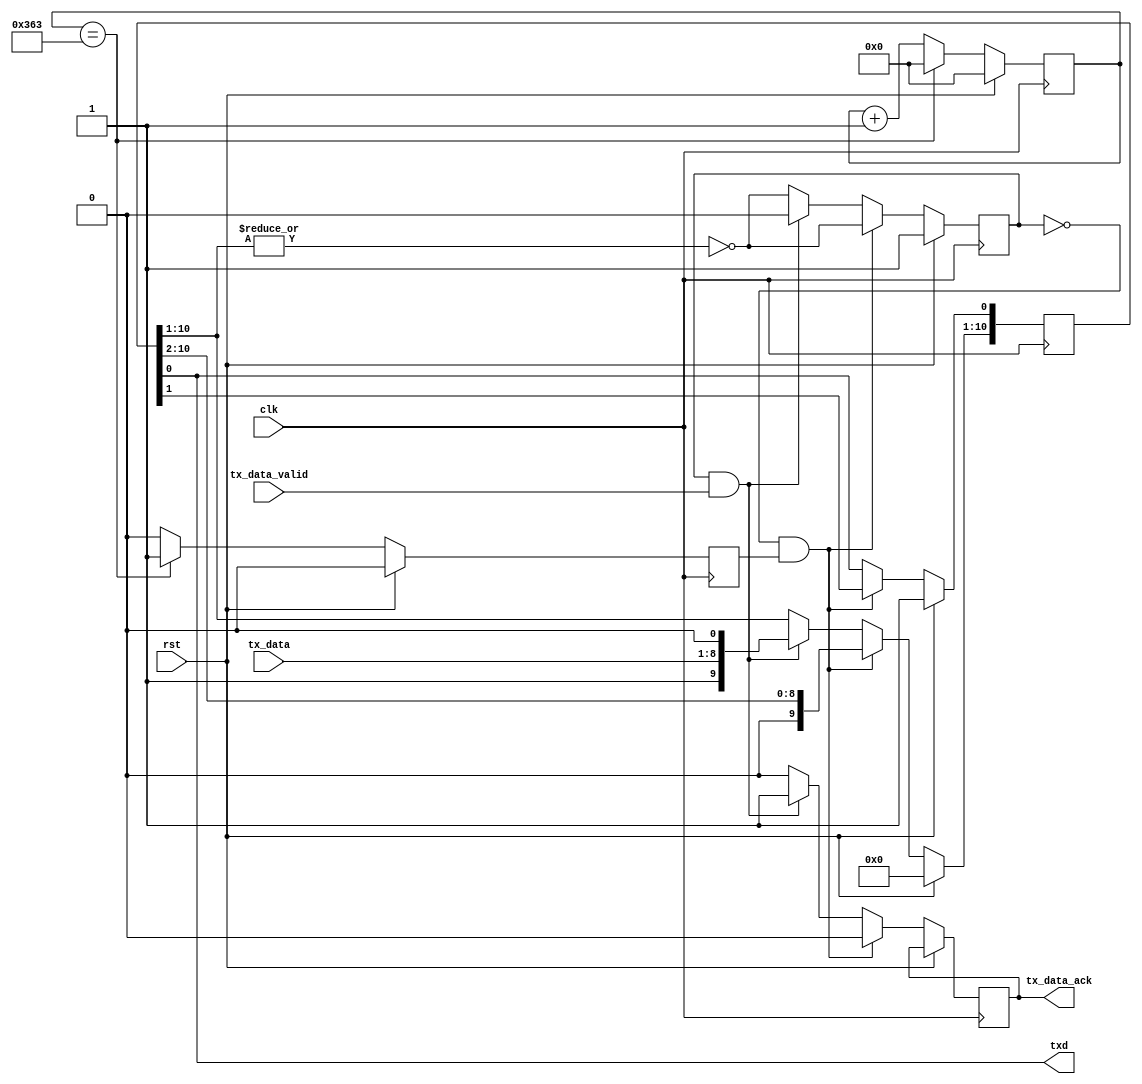
// Copyright 2007 Altera Corporation. All rights reserved.  
// Altera products are protected under numerous U.S. and foreign patents, 
// maskwork rights, copyrights and other intellectual property laws.  
//
// This reference design file, and your use thereof, is subject to and governed
// by the terms and conditions of the applicable Altera Reference Design 
// License Agreement (either as signed by you or found at www.altera.com).  By
// using this reference design file, you indicate your acceptance of such terms
// and conditions between you and Altera Corporation.  In the event that you do
// not agree with such terms and conditions, you may not use the reference 
// design file and please promptly destroy any copies you have made.
//
// This reference design file is being provided on an "as-is" basis and as an 
// accommodation and therefore all warranties, representations or guarantees of 
// any kind (whether express, implied or statutory) including, without 
// limitation, warranties of merchantability, non-infringement, or fitness for
// a particular purpose, are specifically disclaimed.  By making this reference
// design file available, Altera expressly does not recommend, suggest or 
// require that this reference design file be used in combination with any 
// other product not provided by Altera.
/////////////////////////////////////////////////////////////////////////////

// baeckler - 02-16-2007
////////////////////////////////////////////////////////////////////

module uart_tx (clk,rst,tx_data,tx_data_valid,tx_data_ack,txd);
  
output txd;
input clk, rst;
input [7:0] tx_data;
input tx_data_valid;
output tx_data_ack;

parameter BAUD_DIVISOR = 868;

reg [15:0] sample_cntr;
reg [10:0] tx_shift;
reg sample_now;
reg tx_data_ack;

assign txd = tx_shift[0];

always @(posedge clk) begin
	if (rst) begin
		sample_cntr <= 0;
		sample_now <= 1'b0;
	end
	else if (sample_cntr == (BAUD_DIVISOR-1)) begin
		sample_cntr <= 0;
		sample_now <= 1'b1;
   	end
	else begin
		sample_now <= 1'b0;
		sample_cntr <= sample_cntr + 1'b1;
	end
end

reg ready;
always @(posedge clk) begin
	if (rst) begin
		tx_shift <= {11'b00000000001};
		ready <= 1'b1;
	end
	else begin		
		if (!ready & sample_now) begin
			tx_shift <= {1'b0,tx_shift[10:1]};
			tx_data_ack <= 1'b0;
			ready <= ~|tx_shift[10:1];
		end		
		else if (ready & tx_data_valid) begin
			tx_shift[10:1] <= {1'b1,tx_data,1'b0};
			tx_data_ack <= 1'b1;
			ready <= 1'b0;		
		end
		else begin
			tx_data_ack <= 1'b0;
			ready <= ~|tx_shift[10:1];
		end
	end		
end

endmodule

////////////////////////////////////////////////////////////////////

module uart_rx (clk,rst,rx_data,rx_data_fresh,rxd);
  
input clk, rst, rxd;
output [7:0] rx_data;
output rx_data_fresh;

parameter BAUD_DIVISOR = 868;

reg [15:0] sample_cntr;
reg [7:0] rx_shift;
reg sample_now;
reg [7:0] rx_data;
reg rx_data_fresh;

reg last_rxd;
always @(posedge clk) begin
	last_rxd <= rxd;
end
wire slew = rxd ^ last_rxd;

always @(posedge clk) begin
	if (rst) begin
		sample_cntr <= 0;
		sample_now <= 1'b0;
	end
	else if (sample_cntr == (BAUD_DIVISOR-1) || slew) begin
		sample_cntr <= 0;
	end
	else if (sample_cntr == (BAUD_DIVISOR/2)) begin
		sample_now <= 1'b1;
		sample_cntr <= sample_cntr + 1'b1;
	end
	else begin
		sample_now <= 1'b0;
		sample_cntr <= sample_cntr + 1'b1;
	end
end

reg [1:0] state;
reg [3:0] held_bits;
parameter WAITING = 2'b00, READING = 2'b01, STOP = 2'b10, RECOVER = 2'b11;

always @(posedge clk) begin
	if (rst) begin
		state <= WAITING;
		held_bits <= 0;
		rx_shift <= 0;
		rx_data_fresh <= 1'b0;
		rx_data <= 0;
	end
	else begin
		rx_data_fresh <= 1'b0;
		case (state) 
			WAITING : begin
				// wait for a start bit (0)
				if (!slew & sample_now && !last_rxd) begin
					state <= READING;
					held_bits <= 0;
				end
			end
			READING : begin
				// gather data bits
				if (sample_now) begin
					rx_shift <= {last_rxd,rx_shift[7:1]};
					held_bits <= held_bits + 1'b1;
					if (held_bits == 4'h7) state <= STOP;
				end
			end
			STOP : begin
				// verify stop bit (1)
				if (sample_now) begin
					if (last_rxd) begin
						rx_data <= rx_shift;
						rx_data_fresh <= 1'b1;
						state <= WAITING;
					end
					else begin
						// there was a framing error -
						// discard the byte and work on resync
						state <= RECOVER;
					end
				end					
			end
			RECOVER : begin
				// wait for an idle (1) then resume
				if (sample_now) begin
					if (last_rxd) state <= WAITING;
				end				
			end
		endcase
	end
end

endmodule

////////////////////////////////////////////////////////////////////

module uart (clk,rst,
			tx_data,tx_data_valid,tx_data_ack,txd,
			rx_data,rx_data_fresh,rxd);

parameter CLK_HZ = 50_000_000;
parameter BAUD = 115200;
parameter BAUD_DIVISOR = CLK_HZ / BAUD;

initial begin
	if (BAUD_DIVISOR > 16'hffff) begin
		// This rate is too slow for the TX and RX sample 
		// counter resolution
		$display ("Error - Increase the size of the sample counters");
		$stop();
	end
end

output txd;
input clk, rst, rxd;
input [7:0] tx_data;
input tx_data_valid;
output tx_data_ack;
output [7:0] rx_data;
output rx_data_fresh;

uart_tx utx (
	.clk(clk),.rst(rst),
	.tx_data(tx_data),
	.tx_data_valid(tx_data_valid),
	.tx_data_ack(tx_data_ack),
	.txd(txd));

defparam utx .BAUD_DIVISOR = BAUD_DIVISOR;

uart_rx urx (
	.clk(clk),.rst(rst),
	.rx_data(rx_data),
	.rx_data_fresh(rx_data_fresh),
	.rxd(rxd));

defparam urx .BAUD_DIVISOR = BAUD_DIVISOR;

endmodule